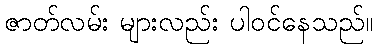
ဇာတ်လမ်း များလည်း ပါဝင်နေသည်။